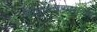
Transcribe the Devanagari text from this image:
चौफुल्यापासूनही